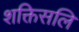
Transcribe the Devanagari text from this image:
शक्तिसलि